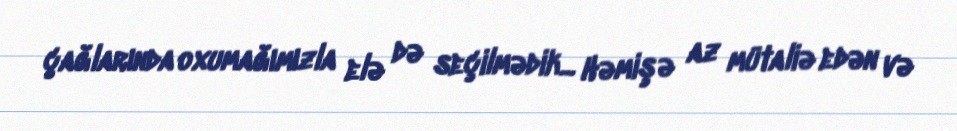
çağlarında oxumağımızla elə də seçilmədik... Həmişə az mütaliə edən və